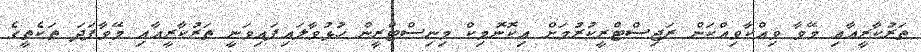
ތަރުކާރީއާއި މޭވާ ވިއްކާވިއްކަން ރަޖިސްޓްރީކުރުމަށް އިކޮނޮމިކް މިނިސްޓްރީން ހުޅުވާލައިފައިވަނީ ތަރުކާރީއާއި މޭވާފަދަ ތަކެތީގެ